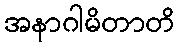
အနာဂါမိတာတိ